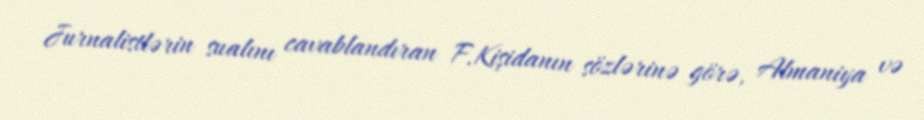
Jurnalistlərin sualını cavablandıran F.Kişidanın sözlərinə görə, Almaniya və